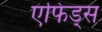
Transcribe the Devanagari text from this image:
एफिड्स